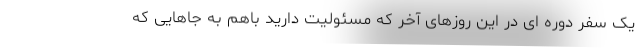
یک سفر دوره ای در این روزهای آخر که مسئولیت دارید باهم به جاهایی که